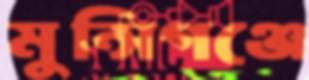
মুন্সিগঞ্জে